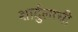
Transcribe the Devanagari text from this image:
शार्दुलाची